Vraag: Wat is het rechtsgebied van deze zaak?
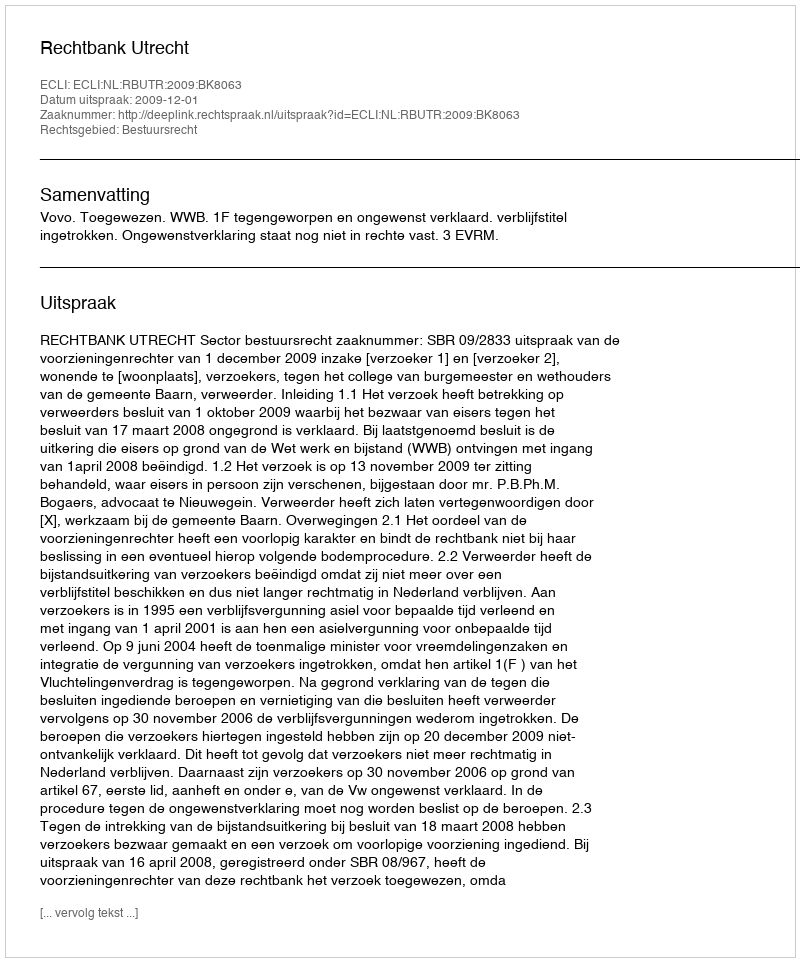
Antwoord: Bestuursrecht